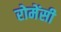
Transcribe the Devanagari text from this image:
रोमेंसी